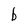
Character: b